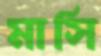
মাসি